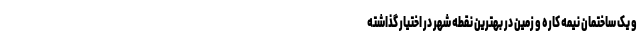
و یک ساختمان نیمه کاره و زمین در بهترین نقطه شهر در اختیار گذاشته